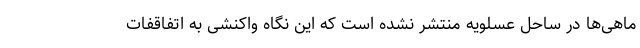
ماهی‌ها در ساحل عسلویه منتشر نشده است که این نگاه واکنشی به اتفاقفات